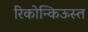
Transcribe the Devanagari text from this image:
रिकोन्किऊस्त